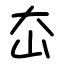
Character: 㞭